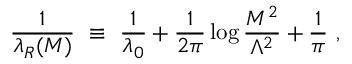
\frac { 1 } { \lambda _ { R } ( M ) } ~ \equiv ~ \frac { 1 } { \lambda _ { 0 } } + \frac { 1 } { 2 \pi } \log \frac { M ^ { 2 } } { \Lambda ^ { 2 } } + \frac { 1 } { \pi } ~ ,